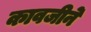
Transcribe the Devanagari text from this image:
कावजीने